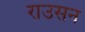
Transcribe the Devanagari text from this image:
राउसन